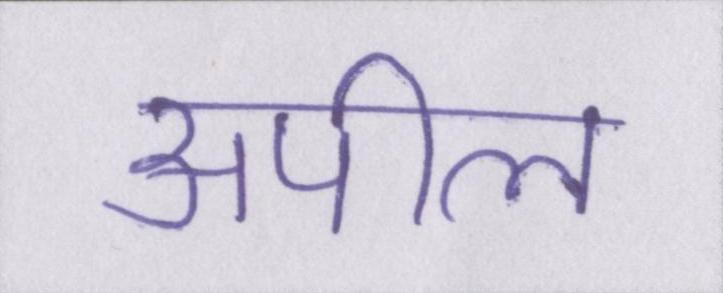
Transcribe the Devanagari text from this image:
अपील